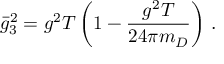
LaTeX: \bar { g } _ { 3 } ^ { 2 } = g ^ { 2 } T \left( 1 - \frac { g ^ { 2 } T } { 2 4 \pi m _ { D } } \right) \, .